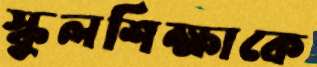
স্কুলশিক্ষাকে